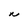
Character: N